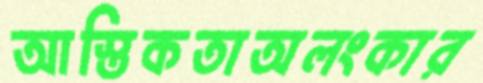
আস্তিকতাঅলংকার